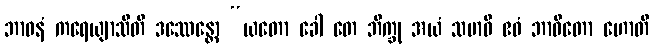
ဘာဝနံ ကရေယျာသီတိ ဒဿေန္တော “ယတော ခေါ တေ ဘိက္ခု အယံ သမာဓိ ဧဝံ ဘာဝိတော ဟောတိ